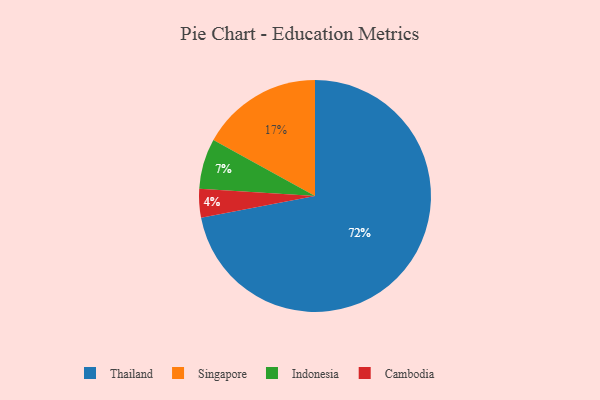
{"axis": {"x": "Category", "y": "Percentage"}, "legend": ["Cambodia", "Indonesia", "Singapore", "Thailand"], "data": [{"x": "Indonesia", "y": 7, "type": "Indonesia"}, {"x": "Singapore", "y": 17, "type": "Singapore"}, {"x": "Thailand", "y": 72, "type": "Thailand"}, {"x": "Cambodia", "y": 4, "type": "Cambodia"}]}